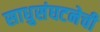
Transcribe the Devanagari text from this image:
साधुसंघटनेची